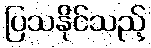
ပြသနိုင်သည့်